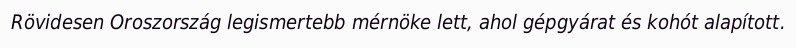
Rövidesen Oroszország legismertebb mérnöke lett, ahol gépgyárat és kohót alapított.